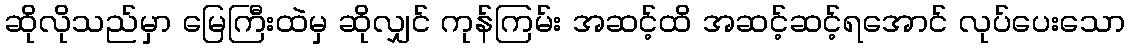
ဆိုလိုသည်မှာ မြေကြီးထဲမှ ဆိုလျှင် ကုန်ကြမ်း အဆင့်ထိ အဆင့်ဆင့်ရအောင် လုပ်ပေးသော